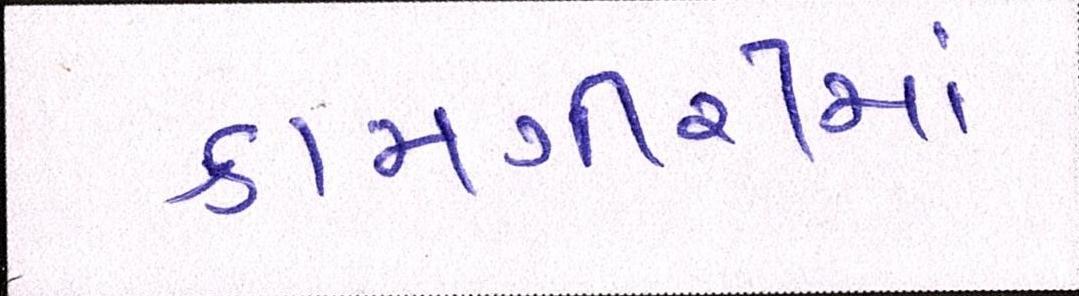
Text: કામગીરીમાં